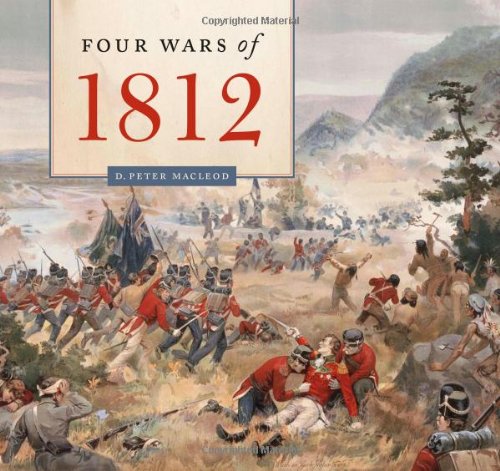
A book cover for The Four Wars of 1812; D. Peter MacLeod; History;